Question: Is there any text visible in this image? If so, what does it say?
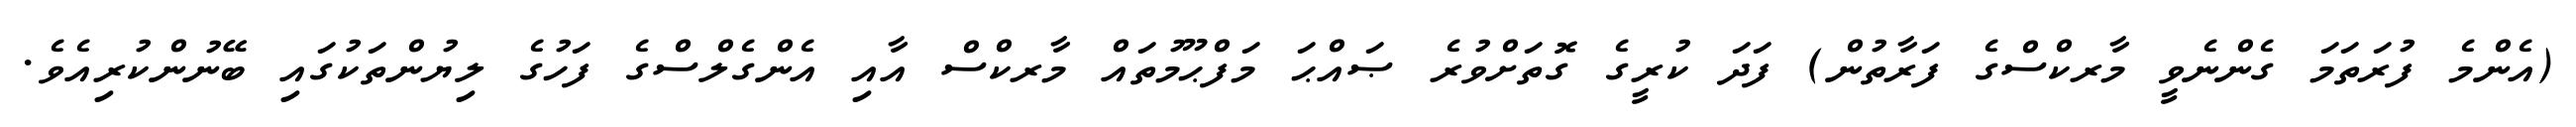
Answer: (އެންމެ ފުރަތަމަ ގެންނެވީ މާރކްސްގެ ފަރާތުން) ފަދަ ކުރީގެ ގޮތަށްވުރެ ޞައްޙަ މަފްޙޫމުތައް މާރކްސް އާއި އެންގެލްސްގެ ފަހުގެ ލިޔުންތަކުގައި ބޭނުންކުރިއެވެ.